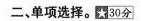
二,单项选择。30分